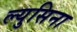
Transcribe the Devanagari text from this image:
ल्युसिना